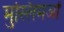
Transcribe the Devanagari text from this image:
मुस्लिमओं